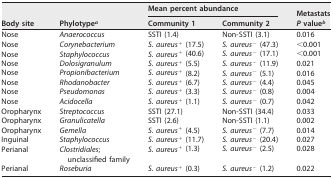
<table><thead><tr><td rowspan="2"><b>Body site</b></td><td rowspan="2"><b>Phylotype<sup>a</sup></b></td><td colspan="2"><b>Mean percent abundance</b></td><td rowspan="2"><b>Metastats <i>P</i> value<sup>b</sup></b></td></tr><tr><td><b>Community 1</b></td><td><b>Community 2</b></td></tr></thead><tbody><tr><td>Nose</td><td><i>Anaerococcus</i></td><td>SSTI (1.4)</td><td>Non-SSTI (3.1)</td><td>0.016</td></tr><tr><td>Nose</td><td><i>Corynebacterium</i></td><td><i>S. aureus</i><sup>+</sup> (17.5)</td><td><i>S. aureus</i><sup>−</sup> (47.3)</td><td>&lt;0.001</td></tr><tr><td>Nose</td><td><i>Staphylococcus</i></td><td><i>S. aureus</i><sup>+</sup> (40.6)</td><td><i>S. aureus</i><sup>−</sup> (17.1)</td><td>&lt;0.001</td></tr><tr><td>Nose</td><td><i>Dolosigranulum</i></td><td><i>S. aureus</i><sup>+</sup> (5.5)</td><td><i>S. aureus</i><sup>−</sup> (11.9)</td><td>0.021</td></tr><tr><td>Nose</td><td><i>Propionibacterium</i></td><td><i>S. aureus</i><sup>+</sup> (8.2)</td><td><i>S. aureus</i><sup>−</sup> (5.1)</td><td>0.016</td></tr><tr><td>Nose</td><td><i>Rhodanobacter</i></td><td><i>S. aureus</i><sup>+</sup> (6.7)</td><td><i>S. aureus</i><sup>−</sup> (4.4)</td><td>0.045</td></tr><tr><td>Nose</td><td><i>Pseudomonas</i></td><td><i>S. aureus</i><sup>+</sup> (3.3)</td><td><i>S. aureus</i><sup>−</sup> (0.8)</td><td>0.004</td></tr><tr><td>Nose</td><td><i>Acidocella</i></td><td><i>S. aureus</i><sup>+</sup> (1.1)</td><td><i>S. aureus</i><sup>−</sup> (0.7)</td><td>0.042</td></tr><tr><td>Oropharynx</td><td><i>Streptococcus</i></td><td>SSTI (27.1)</td><td>Non-SSTI (34.4)</td><td>0.033</td></tr><tr><td>Oropharynx</td><td><i>Granulicatella</i></td><td>SSTI (2.6)</td><td>Non-SSTI (1.1)</td><td>0.002</td></tr><tr><td>Oropharynx</td><td><i>Gemella</i></td><td><i>S. aureus</i><sup>+</sup> (4.5)</td><td><i>S. aureus</i><sup>−</sup> (7.7)</td><td>0.014</td></tr><tr><td>Inguinal</td><td><i>Staphylococcus</i></td><td><i>S. aureus</i><sup>+</sup> (11.7)</td><td><i>S. aureus</i><sup>−</sup> (20.4)</td><td>0.027</td></tr><tr><td>Perianal</td><td><i>Clostridiales</i>; unclassified family</td><td><i>S. aureus</i><sup>+</sup> (1.3)</td><td><i>S. aureus</i><sup>−</sup> (2.5)</td><td>0.028</td></tr><tr><td>Perianal</td><td><i>Roseburia</i></td><td><i>S. aureus</i><sup>+</sup> (0.3)</td><td><i>S. aureus</i><sup>−</sup> (1.2)</td><td>0.022</td></tr></tbody></table>